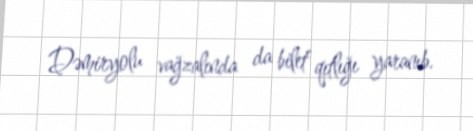
Dəmiryolu vağzalında da bilet qıtlığı yaranıb.